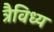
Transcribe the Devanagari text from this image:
त्रैविध्य